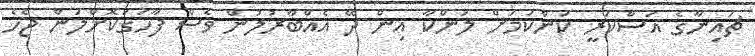
ޗައިނާގެ އަސްކަރީ ކަންކަމަށް ލަންކާ އިން ދޭ އެއްބާރުލުން ވެސް ފާހަގަކޮށްލަން ޖެހެ